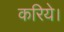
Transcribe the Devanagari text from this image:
करिये।